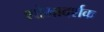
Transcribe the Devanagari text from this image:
शोभादर्शक